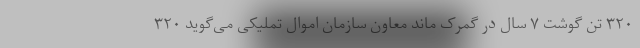
۳۲۰ تن گوشت ۷ سال در گمرک ماند معاون سازمان اموال تملیکی می‌گوید ۳۲۰